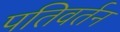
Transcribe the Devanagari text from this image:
पतिवर्तन